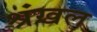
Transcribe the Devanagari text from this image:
श्रंखल